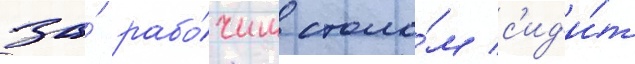
за́ рабо́чим столо́м с'ид'и́т